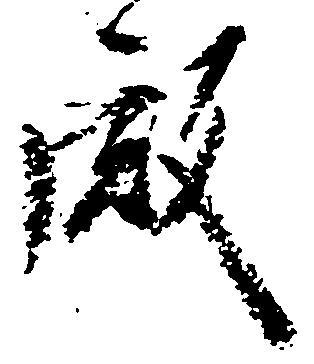
殿